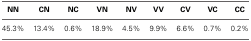
<table><thead><tr><td><b>NN</b></td><td><b>CN</b></td><td><b>NC</b></td><td><b>VN</b></td><td><b>NV</b></td><td><b>VV</b></td><td><b>CV</b></td><td><b>VC</b></td><td><b>CC</b></td></tr></thead><tbody><tr><td>45.3%</td><td>13.4%</td><td>0.6%</td><td>18.9%</td><td>4.5%</td><td>9.9%</td><td>6.6%</td><td>0.7%</td><td>0.2%</td></tr></tbody></table>